Vaccination in Bombay 1924-1928 - 1924-1928
Year: 1924
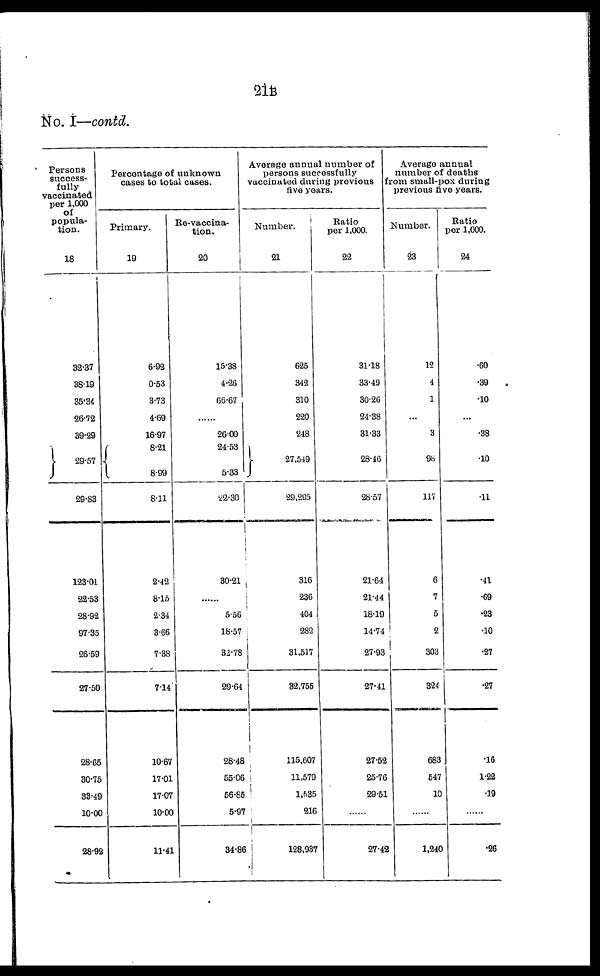
21B
No. I—contd.
Persons
success-
fully
vaccinated
per 1,000
of
popula-
tion.
18
32.37
38.19
35.34
26.72
39.29
29.57
29.83
123.01
22.53
28.92
97.35
26.59
27.50
28.65
30.75
33.49
10.00
28.92
Percentage of unknown
cases to total cases.
Primary.
19
6.92
0.53
3.73
4.69
16.97
8.21
8.99
8.11
2.42
8.15
2.34
3.66
7.38
7.14
10.67
17.01
17.07
10.00
11.41
Re-vaccina-
tion.
20
15.38
4.26
66.67
...
26.00
24.53
5.33
22.30
30.21
......
5.56
18.57
32.78
29.64
28.48
55.06
56.85
5.97
34.86
Average annual number of
persons successfully
vaccinated during previous
five years.
Number.
21
625
342
310
220
248
27,549
29,295
316
236
404
282
31,517
32,755
115,607
11,579
1,535
216
128,937
Ratio
per 1,000.
22
31.18
33.49
30.26
24.38
31.33
28.46
26.57
21.64
21.44
18.19
14.74
27.93
27.41
27.52
25.76
29.51
......
27.42
Average annual
number of deaths
from small-pox during
previous five years.
Number.
23
12
4
1
...
3
98
117
6
7
5
2
303
324
683
547
10
......
1,240
Ratio
per 1,000.
24
.60
.39
.10
...
.38
.10
.11
.41
.69
.23
.10
.27
.27
.16
1.22
.19
......
.26